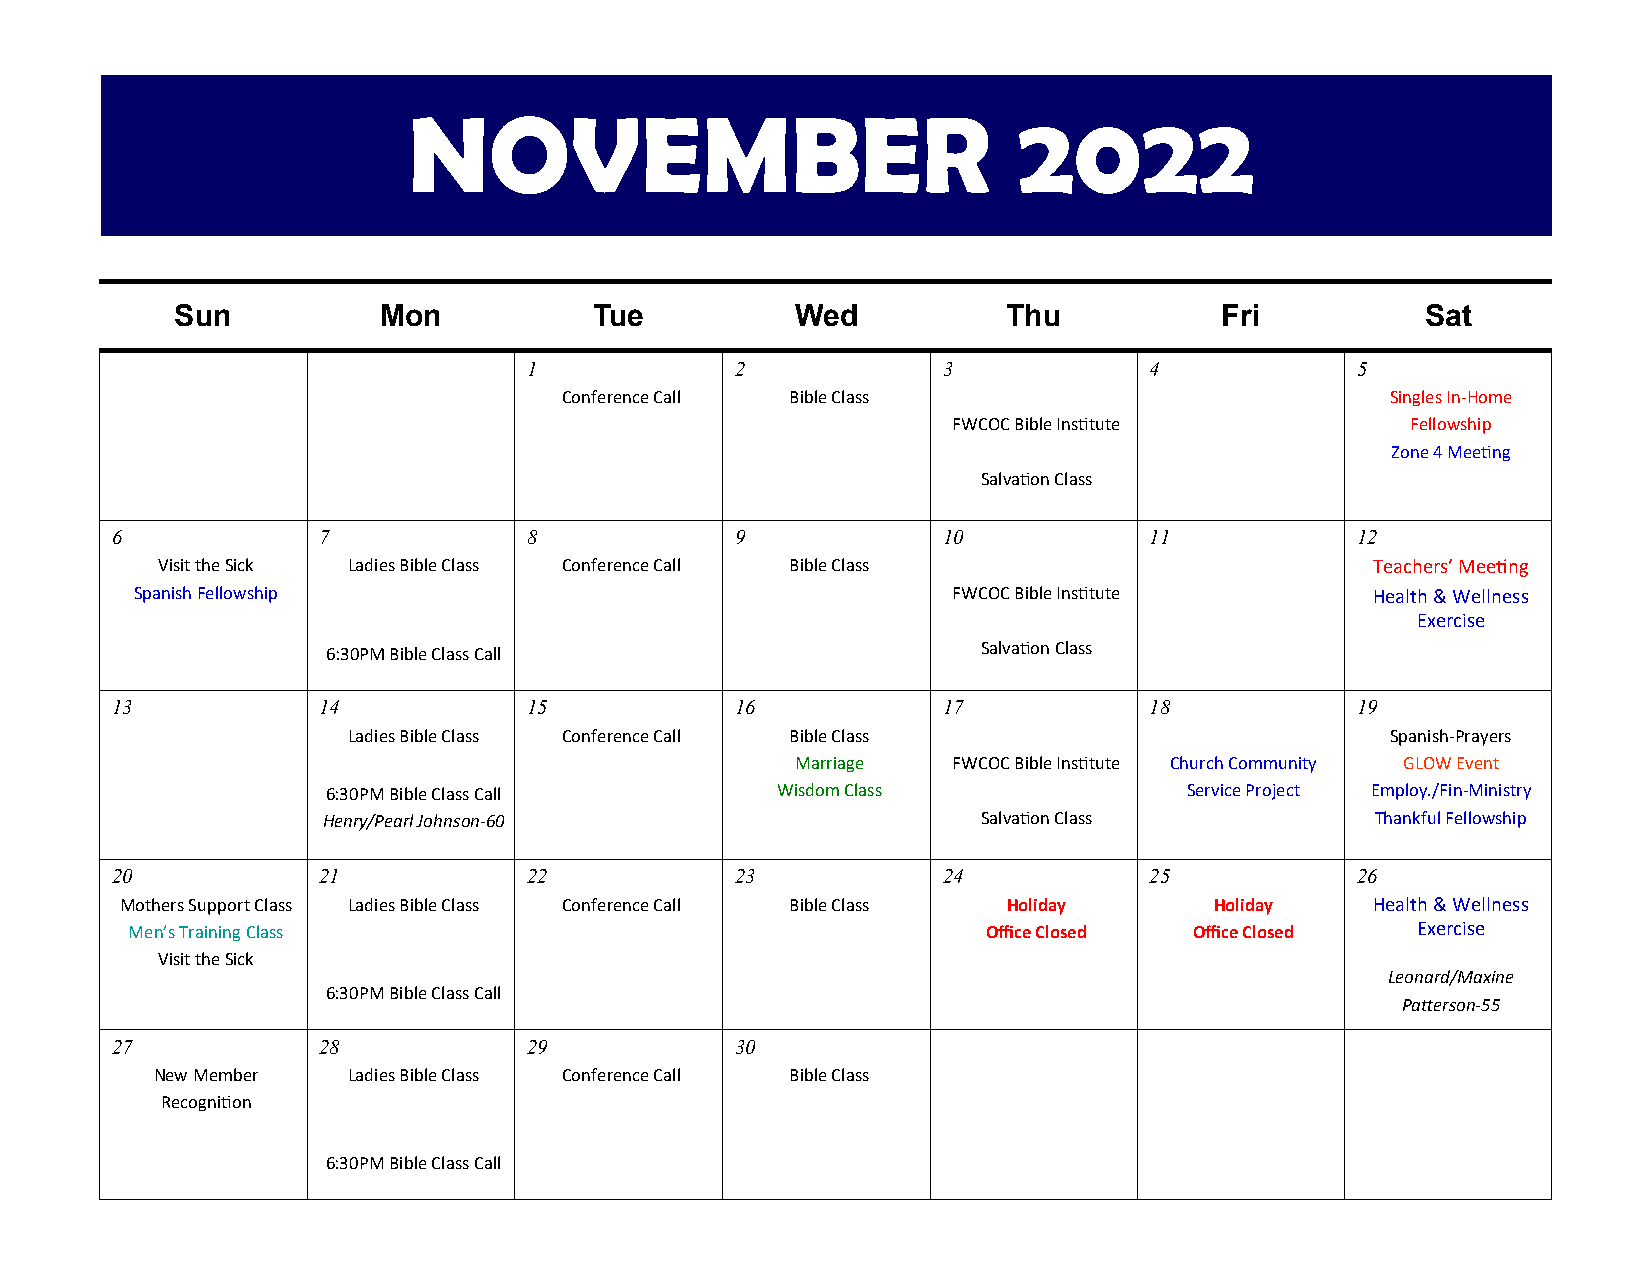
NOVEMBER                                2022
 Sun          Mon           Tue           Wed           Thu           Fri          Sat
 1             2            3             4             5
 Conference Call Bible Class                            Singles In-Home
 FWCOC Bible Institute         Fellowship
 Zone 4 Meeting
 Salvation Class
 6             7             8             9            10            11            12
 Visit the Sick Ladies Bible Class Conference Call Bible Class                    Teachers’ Meeting
 Spanish Fellowship                                    FWCOC Bible Institute       Health & Wellness
 Exercise
 6:30PM Bible Class Call                    Salvation Class
 13            14            15            16           17            18            19
 Ladies Bible Class Conference Call Bible Class                       Spanish-Prayers
 Marriage  FWCOC Bible Institute Church Community GLOW Event
 6:30PM Bible Class Call      Wisdom Class                Service Project Employ./Fin-Ministry
 Henry/Pearl Johnson-60                      Salvation Class           Thankful Fellowship
 20            21            22            23           24            25            26
 Mothers Support Class Ladies Bible Class Conference Call Bible Class Holiday Holiday Health & Wellness
 Men’s Training Class                                     Office Closed Office Closed  Exercise
 Visit the Sick
 Leonard/Maxine
 6:30PM Bible Class Call
 Patterson-55
 27            28            29            30
 New Member   Ladies Bible Class Conference Call Bible Class
 Recognition
 6:30PM Bible Class Call